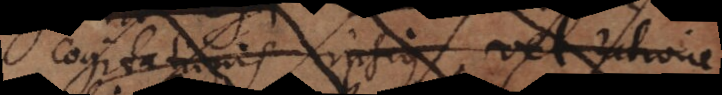
cogitationis ipsius, vel ratione